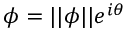
\phi = | | \phi | | e ^ { i \theta }